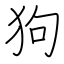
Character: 狗